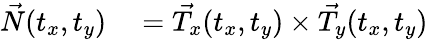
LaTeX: \begin{array}{rl}{\vec{N}(t_{x},t_{y})}&{{}=\vec{T_{x}}(t_{x},t_{y})\times\vec{T_{y}}(t_{x},t_{y})}\end{array}